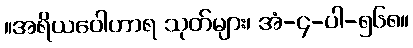
။အရိယဝေါဟာရ သုတ်များ၊ အံ-၄-ပါ-၅၆၈။